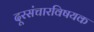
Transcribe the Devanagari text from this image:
दूरसंचारविषयक